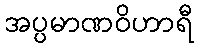
အပ္ပမာဏဝိဟာရီ